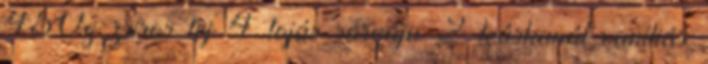
450g zsíros tej 4 tojás sárgája 2 teáskanál vaníliás